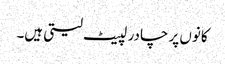
کانوں پر چادر لپیٹ لیتی ہیں۔